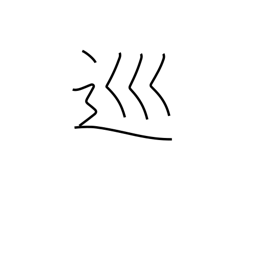
Meaning: patrol